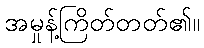
အမှုန့်ကြိတ်တတ်၏။